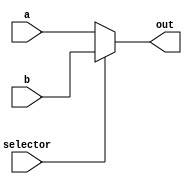
`timescale 1ns / 1ps

module mux_8bit(
    output [7:0] out,

    input [7:0] a, b,
    input selector
);

    assign out = (selector)? b : a;

endmodule